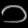
Digit: ၁